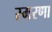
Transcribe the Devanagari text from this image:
स्मरणा